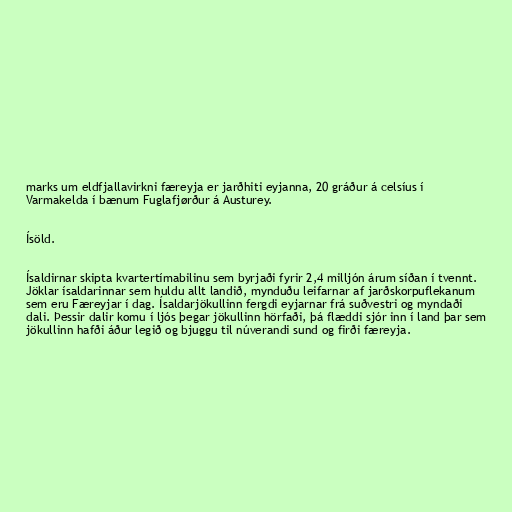
marks um eldfjallavirkni færeyja er jarðhiti eyjanna, 20 gráður á celsíus í
Varmakelda í bænum Fuglafjørður á Austurey.

Ísöld.

Ísaldirnar skipta kvartertímabilinu sem byrjaði fyrir 2,4 milljón árum síðan í tvennt.
Jöklar ísaldarinnar sem huldu allt landið, mynduðu leifarnar af jarðskorpuflekanum
sem eru Færeyjar í dag. Ísaldarjökullinn fergdi eyjarnar frá suðvestri og myndaði
dali. Þessir dalir komu í ljós þegar jökullinn hörfaði, þá flæddi sjór inn í land þar sem
jökullinn hafði áður legið og bjuggu til núverandi sund og firði færeyja.